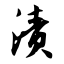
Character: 渍